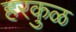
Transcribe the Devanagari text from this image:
हरकुळ